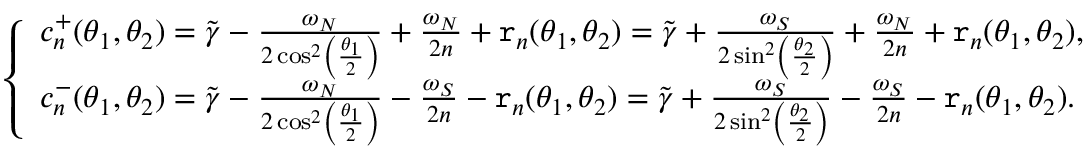
\left\{ \begin{array} { l l } { c _ { n } ^ { + } ( \theta _ { 1 } , \theta _ { 2 } ) = \widetilde { \gamma } - \frac { \omega _ { N } } { 2 \cos ^ { 2 } \left( \frac { \theta _ { 1 } } { 2 } \right) } + \frac { \omega _ { N } } { 2 n } + \mathtt { r } _ { n } ( \theta _ { 1 } , \theta _ { 2 } ) = \widetilde { \gamma } + \frac { \omega _ { S } } { 2 \sin ^ { 2 } \left( \frac { \theta _ { 2 } } { 2 } \right) } + \frac { \omega _ { N } } { 2 n } + \mathtt { r } _ { n } ( \theta _ { 1 } , \theta _ { 2 } ) , } \\ { c _ { n } ^ { - } ( \theta _ { 1 } , \theta _ { 2 } ) = \widetilde { \gamma } - \frac { \omega _ { N } } { 2 \cos ^ { 2 } \left( \frac { \theta _ { 1 } } { 2 } \right) } - \frac { \omega _ { S } } { 2 n } - \mathtt { r } _ { n } ( \theta _ { 1 } , \theta _ { 2 } ) = \widetilde { \gamma } + \frac { \omega _ { S } } { 2 \sin ^ { 2 } \left( \frac { \theta _ { 2 } } { 2 } \right) } - \frac { \omega _ { S } } { 2 n } - \mathtt { r } _ { n } ( \theta _ { 1 } , \theta _ { 2 } ) . } \end{array} \right.